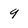
Character: q